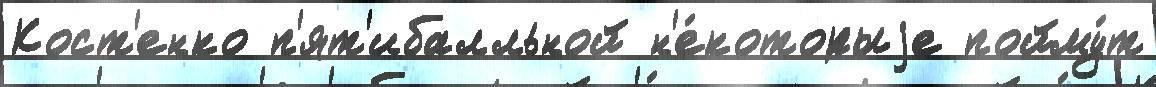
Кост'енко п'ят'ибалльной н'е́которыjе пойму́т